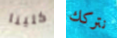
كلينا نتركك